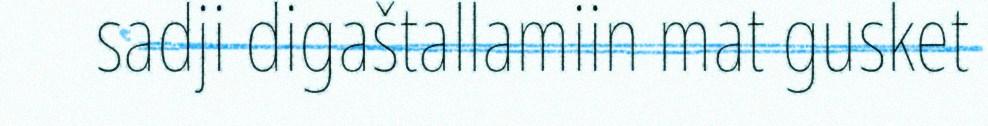
sadji digaštallamiin mat gusket